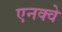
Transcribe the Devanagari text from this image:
एनक्वे